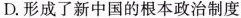
D.形成了新中国的根本政治制度